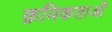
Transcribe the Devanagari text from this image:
क्रमिकताओं